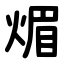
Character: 煝